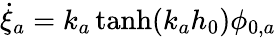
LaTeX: \dot{\xi}_{a}=k_{a}\operatorname{tanh}(k_{a}h_{0})\phi_{0,a}